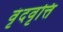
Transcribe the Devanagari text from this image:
वृंदवृत्ति